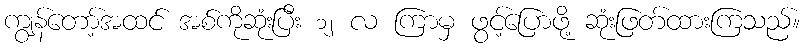
ကျွန်တော့်အထင် အစ်ကိုဆုံးပြီး ၁၂ လ ကြာမှ ဖွင့်ပြောဖို့ ဆုံးဖြတ်ထားကြသည်။